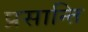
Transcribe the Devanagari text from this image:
प्रसान्ति